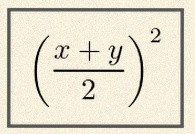
\left(\frac{x+y}{2}\right)^2